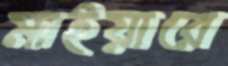
মাইয়ারে